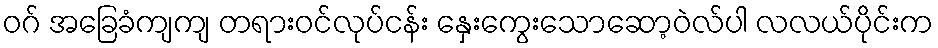
ဝဂ် အခြေခံကျကျ တရားဝင်လုပ်ငန်း နှေးကွေးသောဆော့ဝဲလ်ပါ လလယ်ပိုင်းက